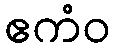
ဧကံဝ